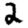
Digit: 2